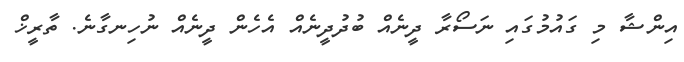
އިންޝާ މި ގައުމުގައި ނަސޯރާ ދީނެއް ބުދުދީނެއް އެހެން ދީނެއް ނުހިނގާނެ. ތާރީޚް